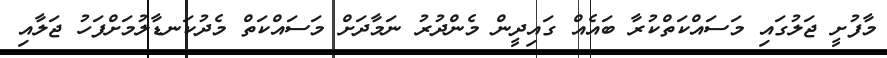
މާފުށީ ޖަލުގައި މަސައްކަތްކުރާ ބައެއް ގައިދީން މެންދުރު ނަމާދަށް މަސައްކަތް މެދުކަނޑާލުމަށްފަހު ޖަލާއި